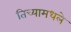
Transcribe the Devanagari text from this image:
तिच्यामधले